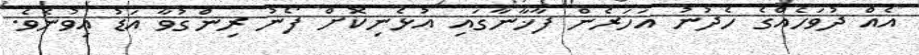
އެއް ދުވަހެއްގެ ހެދުނު އަހަރެން ފާޚާނާގައި އުޅެނިކޮށް ފޯނު ރިންގުވާ އަޑު އިވުނެވެ.